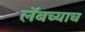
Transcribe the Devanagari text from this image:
लॅबच्याच